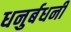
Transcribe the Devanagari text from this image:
धनुर्बधनी